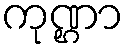
ကုဏ္ဌာ